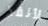
لأنقذ